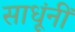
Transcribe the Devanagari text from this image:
साधूंनीं